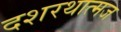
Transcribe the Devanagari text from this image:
दशरथात्मज